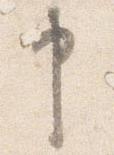
申